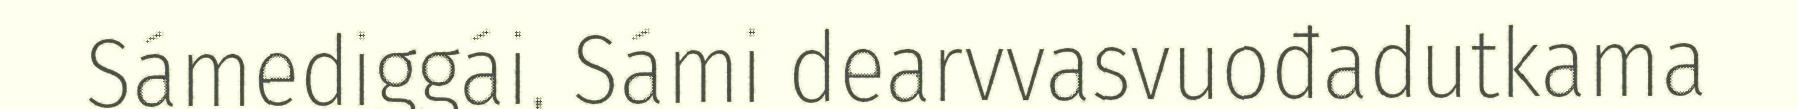
Sámediggái, Sámi dearvvasvuođadutkama